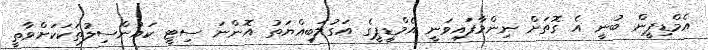
އެމްޑިޕީން ބުނީ އެ ގޮތަށް ނިންމާފައިވަނީ އެމްޑީޕީގެ އަގުލަބިއްޔަތު އޮންނަ ސިޓީ ކައުންސިލުތަކަކަށްވާތީ